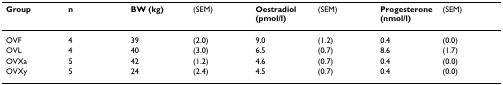
<table><thead><tr><td><b>Group</b></td><td><b>n</b></td><td><b>BW (kg)</b></td><td><b>(SEM)</b></td><td><b>Oestradiol (pmol/l)</b></td><td><b>(SEM)</b></td><td><b>Progesterone (nmol/l)</b></td><td><b>(SEM)</b></td></tr></thead><tbody><tr><td>OVF</td><td>4</td><td>39</td><td>(2.0)</td><td>9.0</td><td>(1.2)</td><td>0.4</td><td>(0.0)</td></tr><tr><td>OVL</td><td>4</td><td>40</td><td>(3.0)</td><td>6.5</td><td>(0.7)</td><td>8.6</td><td>(1.7)</td></tr><tr><td>OVXa</td><td>5</td><td>42</td><td>(1.2)</td><td>4.6</td><td>(0.7)</td><td>0.4</td><td>(0.0)</td></tr><tr><td>OVXy</td><td>5</td><td>24</td><td>(2.4)</td><td>4.5</td><td>(0.7)</td><td>0.4</td><td>(0.0)</td></tr></tbody></table>